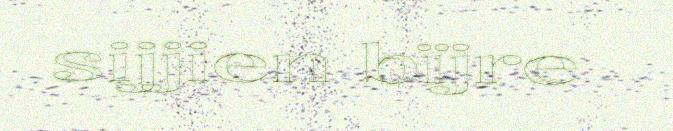
sijjien bïjre